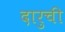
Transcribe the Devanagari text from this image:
दारुची